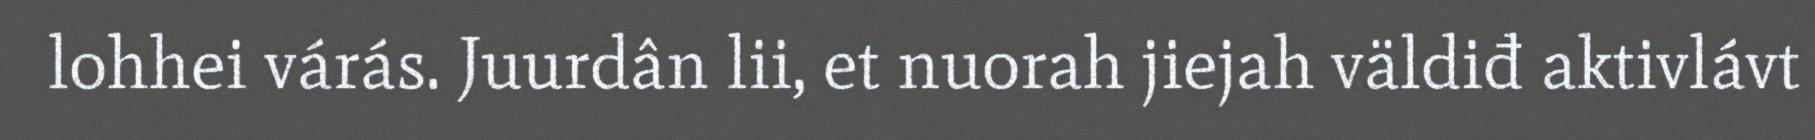
lohhei várás. Juurdân lii, et nuorah jiejah väldiđ aktivlávt